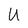
Character: U